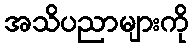
အသိပညာများကို